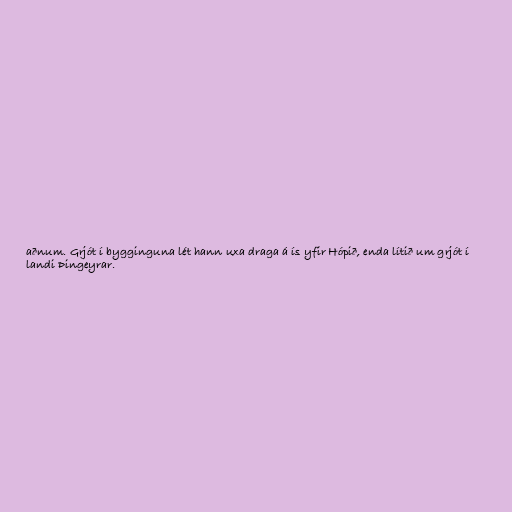
aðnum. Grjót í bygginguna lét hann uxa draga á ís yfir Hópið, enda lítið um grjót í
landi Þingeyrar.